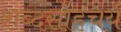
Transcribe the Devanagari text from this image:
शब्दसाहचर्य